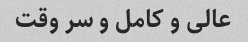
عالی و کامل و سر وقت